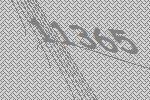
11365